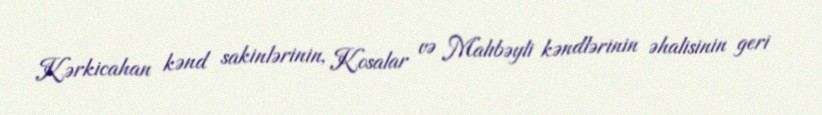
Kərkicahan kənd sakinlərinin, Kosalar və Malıbəyli kəndlərinin əhalisinin geri